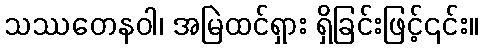
သဿတေနဝါ၊ အမြဲထင်ရှား ရှိခြင်းဖြင့်၎င်း။